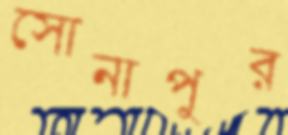
সোনাপুর